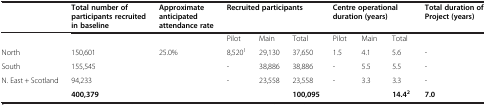
<table><thead><tr><td><b> </b></td><td><b>Total number of participants recruited in baseline</b></td><td><b>Approximate anticipated attendance rate</b></td><td colspan="3"><b>Recruited participants</b></td><td colspan="3"><b>Centre operational duration (years)</b></td><td><b>Total duration of Project (years)</b></td></tr></thead><tbody><tr><td> </td><td> </td><td> </td><td>Pilot</td><td>Main</td><td>Total</td><td>Pilot</td><td>Main</td><td>Total</td><td> </td></tr><tr><td>North</td><td>150,601</td><td rowspan="3">25.0%</td><td>8,520<sup>1</sup></td><td>29,130</td><td>37,650</td><td>1.5</td><td>4.1</td><td>5.6</td><td>-</td></tr><tr><td>South</td><td>155,545</td><td>-</td><td>38,886</td><td>38,886</td><td>-</td><td>5.5</td><td>5.5</td><td>-</td></tr><tr><td>N. East + Scotland</td><td>94,233</td><td>-</td><td>23,558</td><td>23,558</td><td>-</td><td>3.3</td><td>3.3</td><td>-</td></tr><tr><td> </td><td><b>400,379</b></td><td> </td><td> </td><td> </td><td><b>100,095</b></td><td> </td><td> </td><td><b>14.4</b><sup><b>2</b></sup></td><td><b>7.0</b></td></tr></tbody></table>